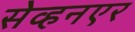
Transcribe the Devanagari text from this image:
सेव्हनएर